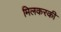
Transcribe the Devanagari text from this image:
मिलकरकी